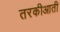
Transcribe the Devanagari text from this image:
तरकीआती